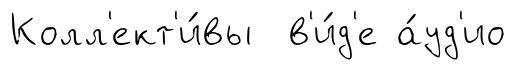
Колл'ект'и́вы в'и́д'е а́уд'ио